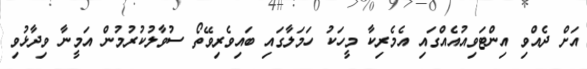
އަށް ދެއްވި އިންޓަވިއުއެއްގައި އެމެރިކާ މީހަކު ހަމަލާގައި ބައިވެރިވޭތޯ ސުވާލުކުރުމުން އަމީނާ ވިދާޅުވި